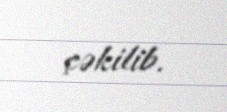
çəkilib.